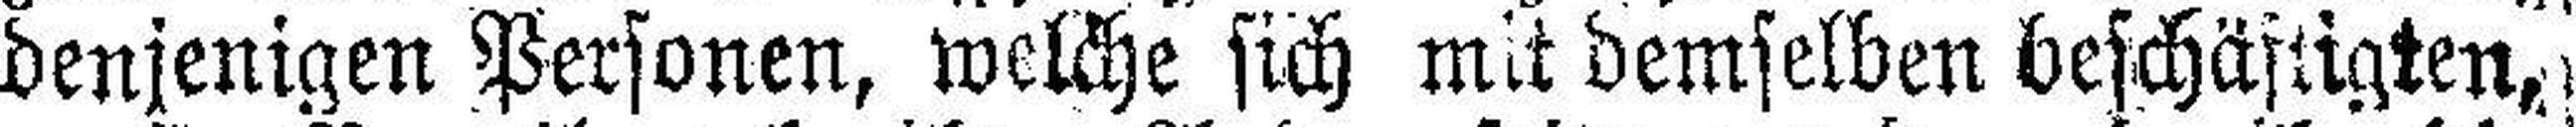
denjenigen Personen, welche sich mit demselben beschäftigten,